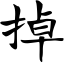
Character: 掉